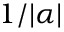
1 / | \alpha |